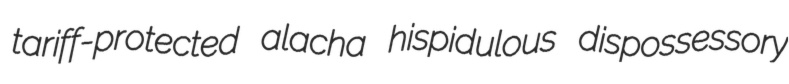
tariff-protected alacha hispidulous dispossessory